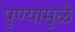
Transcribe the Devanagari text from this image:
पुण्यामुळे